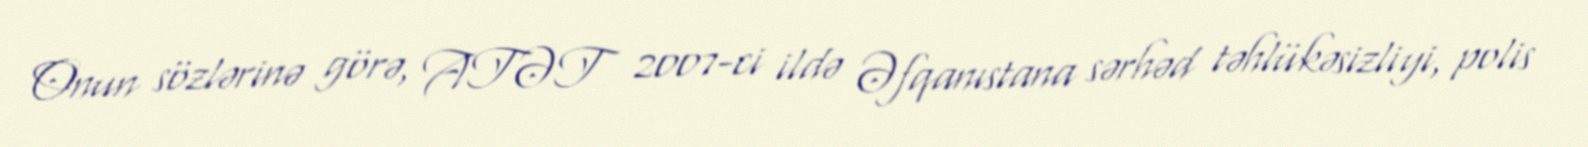
Onun sözlərinə görə, ATƏT 2007-ci ildə Əfqanıstana sərhəd təhlükəsizliyi, polis